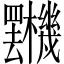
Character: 𣡯